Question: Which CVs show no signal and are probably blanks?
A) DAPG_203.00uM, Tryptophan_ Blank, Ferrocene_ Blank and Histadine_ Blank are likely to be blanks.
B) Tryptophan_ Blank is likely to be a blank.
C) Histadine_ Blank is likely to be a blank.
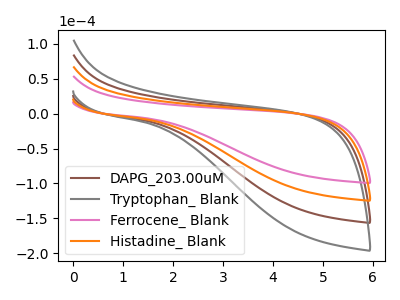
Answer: <think>The brown curve "DAPG_203.00uM" has no peaks. The gray curve "Tryptophan_ Blank" has no peaks. The pink curve "Ferrocene_ Blank" has no peaks. The orange curve "Histadine_ Blank" has no peaks.</think>
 <answer>A) "DAPG_203.00uM", "Tryptophan_ Blank", "Ferrocene_ Blank" and "Histadine_ Blank" are likely to be blanks.</answer>
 <eval>A</eval>